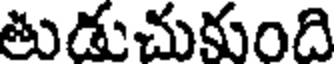
తుడుచుకుంది